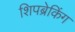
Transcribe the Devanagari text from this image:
शिपब्रेकिंग